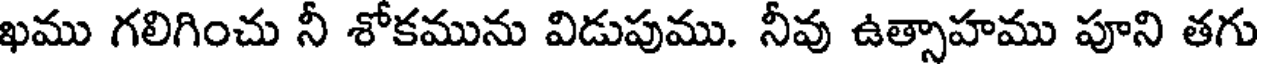
ఖము గలిగించు నీ శోకమును విడుపుము. నీవు ఉత్సాహము పూని తగు